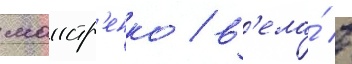
маистр'енко / в'ела́ в